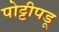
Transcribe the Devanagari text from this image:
पोट्टीपडू